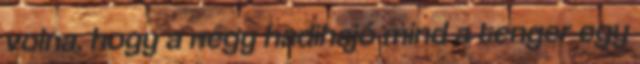
volna, hogy a négy hadihajó mind a tenger egy